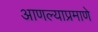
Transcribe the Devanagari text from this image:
आणल्याप्रमाणे